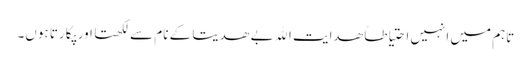
تاہم میں انہیں احتیاطاً ھدایت الله بے ھدیتا کے نام سے لکھتا اور پکارتا ہوں۔